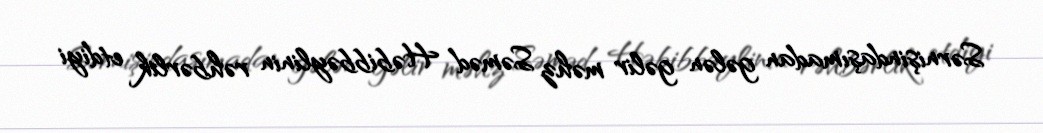
Sərnişindaşımadan gələn gəlir məhz Səməd Həbibbəylinin rəhbərlik etdiyi